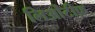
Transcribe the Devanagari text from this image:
लिओंटीफ़